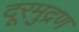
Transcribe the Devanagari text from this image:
दूरमुद्रण